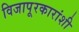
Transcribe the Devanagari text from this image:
विजापूरकारांशी